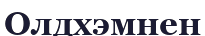
Олдхэмнен